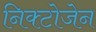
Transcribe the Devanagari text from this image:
निक्टोजेन